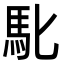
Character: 𮩲